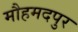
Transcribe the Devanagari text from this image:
मौहमदपुर